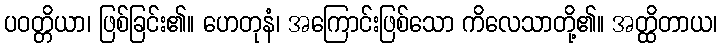
ပဝတ္တိယာ၊ ဖြစ်ခြင်း၏။ ဟေတုနံ၊ အကြောင်းဖြစ်သော ကိလေသာတို့၏။ အတ္ထိတာယ၊